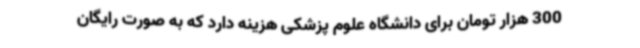
300 هزار تومان برای دانشگاه علوم پزشکی هزینه دارد که به صورت رایگان